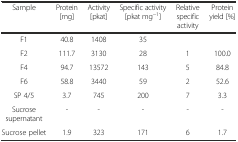
| Sample | Protein [mg] | Activity [pkat] | Specific activity [pkat mg−1] | Relative specific activity | Protein yield [%] |
 | --- | --- | --- | --- | --- | --- |
 | F1 | 40.8 | 1408 | 35 |  |  |
 | F2 | 111.7 | 3130 | 28 | 1 | 100.0 |
 | F4 | 94.7 | 13572 | 143 | 5 | 84.8 |
 | F6 | 58.8 | 3440 | 59 | 2 | 52.6 |
 | SP 4/5 | 3.7 | 745 | 200 | 7 | 3.3 |
 | Sucrose supernatant | - | - | - | - | - |
 | Sucrose pellet | 1.9 | 323 | 171 | 6 | 1.7 |